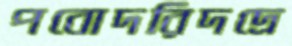
পবোদরিদদ্রে